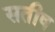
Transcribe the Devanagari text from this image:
सतीष